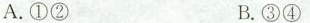
A.①② B.③④